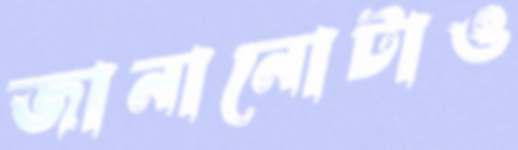
জানানোটাও